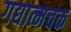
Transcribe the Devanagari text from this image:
गद्यात्मचक